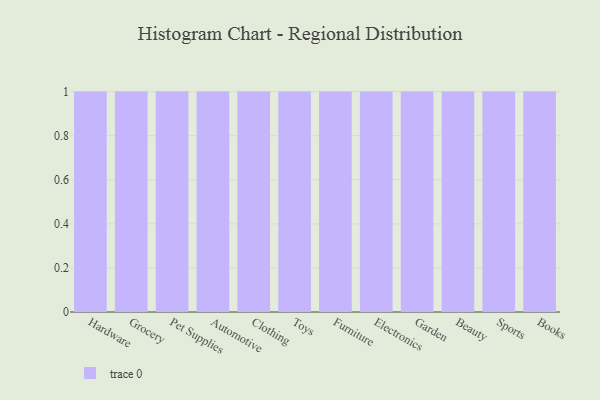
{"axis": {"x": "Category", "y": "Bounce Rate (%)"}, "legend": [""], "data": [{"x": "Hardware", "y": 65, "type": ""}, {"x": "Grocery", "y": 88, "type": ""}, {"x": "Pet Supplies", "y": 58, "type": ""}, {"x": "Automotive", "y": 3, "type": ""}, {"x": "Clothing", "y": 74, "type": ""}, {"x": "Toys", "y": 10, "type": ""}, {"x": "Furniture", "y": 68, "type": ""}, {"x": "Electronics", "y": 65, "type": ""}, {"x": "Garden", "y": 6, "type": ""}, {"x": "Beauty", "y": 25, "type": ""}, {"x": "Sports", "y": 5, "type": ""}, {"x": "Books", "y": 77, "type": ""}]}